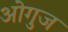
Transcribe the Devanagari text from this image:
ओगुज